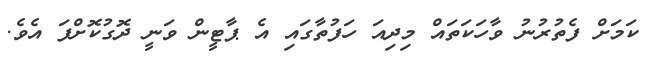
ކަމަށް ފެތުރުނު ވާހަކަތައް މިދިއަ ހަފުތާގައި އެ ޕާޓީން ވަނީ ދޮގުކޮށްފަ އެވެ.